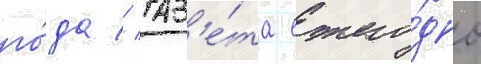
го́да // Газ'е́та ежего́дно